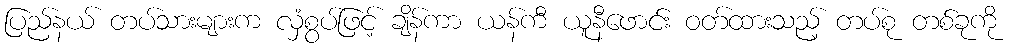
ပြည်နယ် တပ်သားများက လှံစွပ်ဖြင့် ချိန်ကာ ယန်ကီ ယူနီဖောင်း ဝတ်ထားသည့် တပ်စု တစ်ခုကို